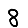
Digit: 8